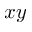
x y